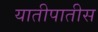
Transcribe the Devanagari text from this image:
यातीपातीस